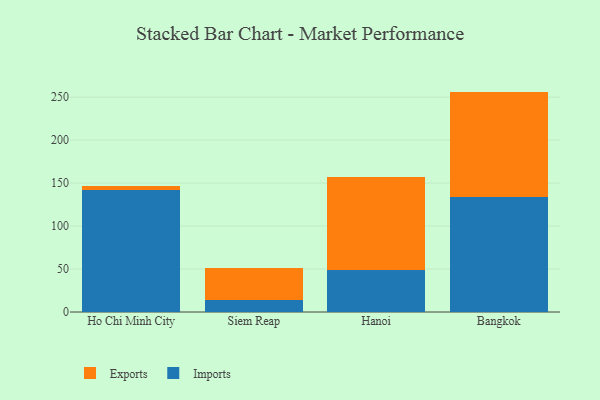
{"axis": {"x": "City", "y": "LTV (USD)"}, "legend": ["Exports", "Imports"], "data": [{"x": "Ho Chi Minh City", "y": 141.4, "type": "Imports"}, {"x": "Ho Chi Minh City", "y": 5.1, "type": "Exports"}, {"x": "Siem Reap", "y": 14.1, "type": "Imports"}, {"x": "Siem Reap", "y": 37.2, "type": "Exports"}, {"x": "Hanoi", "y": 49.3, "type": "Imports"}, {"x": "Hanoi", "y": 108.0, "type": "Exports"}, {"x": "Bangkok", "y": 134.0, "type": "Imports"}, {"x": "Bangkok", "y": 122.4, "type": "Exports"}]}